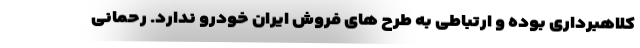
کلاهبرداری بوده و ارتباطی به طرح های فروش ایران خودرو ندارد. رحمانی